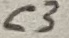
Text: C3